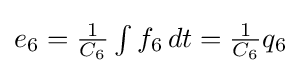
{\textstyle e_{6}={\frac {1}{C_{6}}}\int f_{6}\,dt={\frac {1}{C_{6}}}q_{6}}